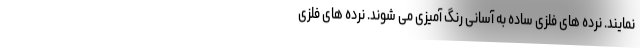
نمایند. نرده های فلزی ساده به آسانی رنگ آمیزی می شوند. نرده های فلزی